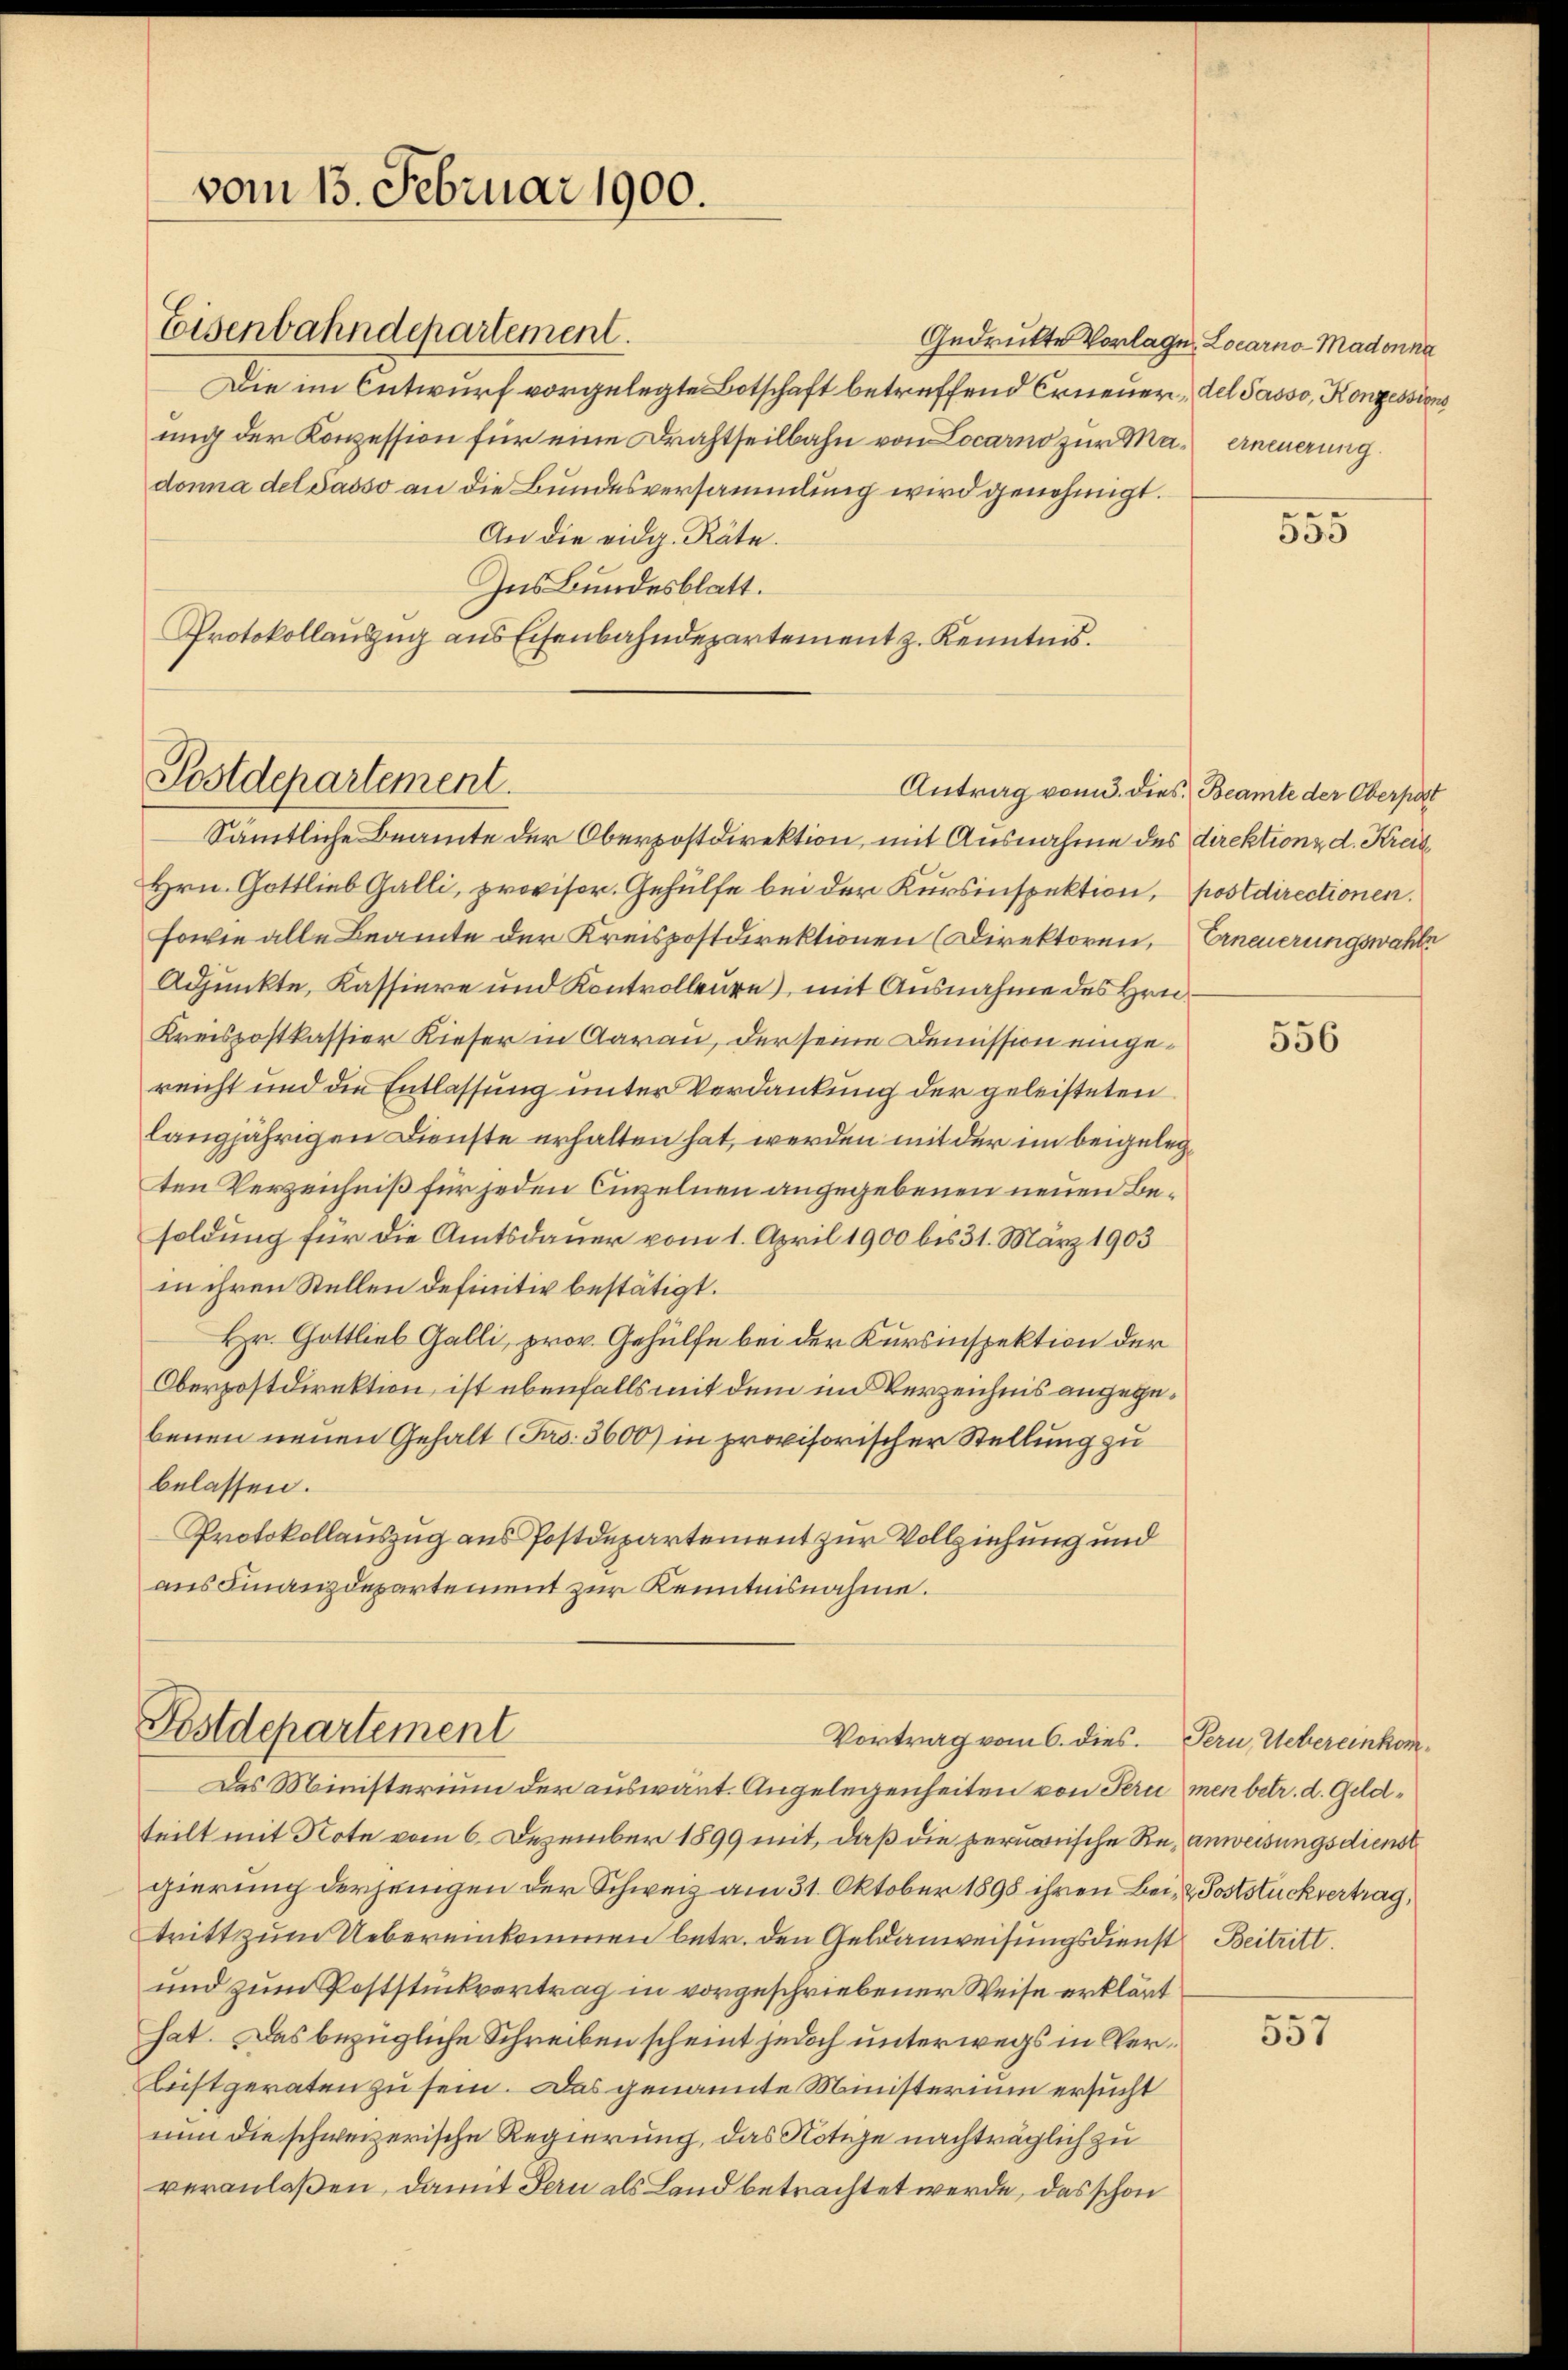
vom 13. Februar 1900.

Eisenbahndepartement.
Die im Entwurf vorgelegte Botschaft betreffend Erneuer, del Sasso, Konzessions
ung der Konzession für eine Drahtheilbahn von Locarno zur Mai erneuerung
donna del Sasso an die Bundesversammlung wird genehmigt.
An die eidg. Räte.
Ins Bundesblatt.
Protokollauszug aus Eisenbahndepartement z. Kenntnis.

Postdepartement.

Sämtliche Beamte der Oberpostdirektion, mit Ausnahme des direktion d. Kreis¬
Hrn. Gottlieb Galli, provisor. Gehülfe bei der Kursinspektion, postdirectionen.
sowie alle Beamte der Kreispostdirektionen (Direktoren, Erneuerungswahle
Adjunkte, Kassiere und Kontrolleure, mit Ausnahme des Hrn.
Kreispostkassier Kieser in Aarau, der seine Demission eingereicht und die Entlassung unter Verdankung der geleisteten
langjährigen Dienste erhalten hat, werden mit der im beigelegten Verzeichniß für jeden Cinzelnen angegebenen neuen Besoldung für die Amtsdauer vom 1. April 1900 bis 31. März 1903
in ihren Stellen definitiv bestätigt.
Hr. Gottlieb Galli, prov. Gehülfe bei der Kursinspektion der
Oberpostdirektion ist ebenfalls mit dem in Verzeichnis angegebenen neuen Gehalt (Fro. 3600) in provisorischer Stellung zu
belassen.
Protokollauszug aus Postdepartement zur Vollziehung und
aus Finanzdepartement zur Kenntnisnahme.
Fostdepartement
Vortrag vom 6. dies. Pern, Uebereinkom¬
Das Ministerium der auswärt. Angelegenheiten von Pern men betr. d. Geldteilt mit Note vom 6. Dezember 1899 mit, daß die permanische Reanweisungsdienst
gierung derjenigen der Schweiz am 31. Oktober 1898 ihren Bei- & Poststuckvertrag,
tritt zum Uebereinkommen betr. den Geldanweisungsdienst Beitritt.
und zum Poststückvertrag in vorgeschriebener Weise erklärt
hat. Das bezügliche Schreiben scheint jedoch unterwegs in Ver¬
Bist geraten zu sein. Das genannte Ministerium ersucht
nun die schweizerische Regierung, das Notize nachträglich zu
veranlaßen, damit Fern als Land betrachtet werde, das schon

Gedrückte Vorlage, Locarno-Madonna

Antrag vom 3. dies Beamte der Oberpost

555

556

557